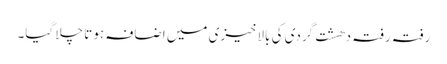
رفتہ رفتہ دھشت گردی کی بالاخیزی میں اضافہ ہوتا چلا گیا۔